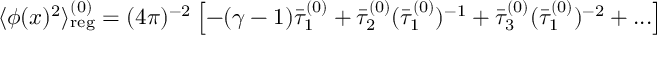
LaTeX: \langle \phi ( x ) ^ { 2 } \rangle _ { \mathrm { r e g } } ^ { ( 0 ) } = ( 4 \pi ) ^ { - 2 } \left[ - ( \gamma - 1 ) \bar { \tau } _ { 1 } ^ { ( 0 ) } + \bar { \tau } _ { 2 } ^ { ( 0 ) } ( \bar { \tau } _ { 1 } ^ { ( 0 ) } ) ^ { - 1 } + \bar { \tau } _ { 3 } ^ { ( 0 ) } ( \bar { \tau } _ { 1 } ^ { ( 0 ) } ) ^ { - 2 } + . . . \right]